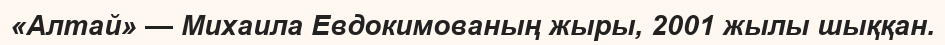
«Алтай» — Михаила Евдокимованың жыры, 2001 жылы шыққан.